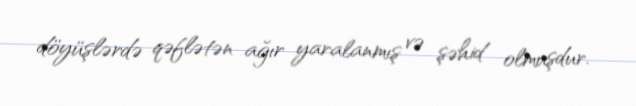
döyüşlərdə qəflətən ağır yaralanmış və şəhid olmuşdur.